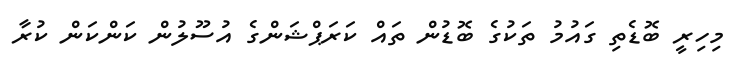
މިހިރީ ބޮޑެތި ގައުމު ތަކުގެ ބޮޑުން ތައް ކަރަޕްޝަންގެ އުސޫލުން ކަންކަން ކުރާ